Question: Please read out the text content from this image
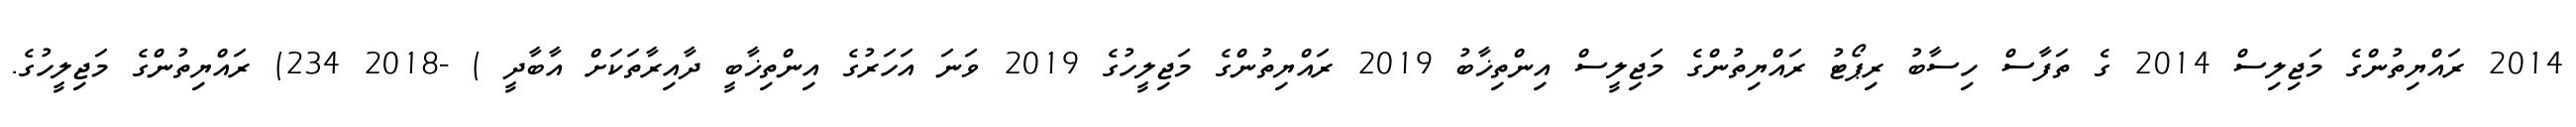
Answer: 2014 ރައްޔިތުންގެ މަޖިލިސް 2014 ގެ ތަފާސް ހިސާބު ރިޕޯޓު ރައްޔިތުންގެ މަޖިލީސް އިންތިޚާބު 2019 ރައްޔިތުންގެ މަޖިލީހުގެ 2019 ވަނަ އަހަރުގެ އިންތިޚާބީ ދާއިރާތަކަށް އާބާދީ ) -2018 234) ރައްޔިތުންގެ މަޖިލީހުގެ.